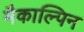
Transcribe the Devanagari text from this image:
मैकाल्पिन